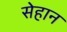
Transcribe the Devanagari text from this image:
सेहान